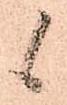
候